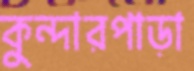
কুন্দারপাড়া